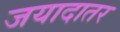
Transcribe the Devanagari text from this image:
जयादातर